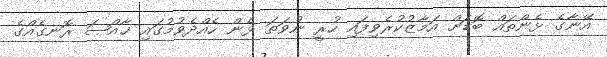
އޭނާގެ ޅެންތައް ބޮޑަށް އަމާޒުކުރެވިފައި ހުރީ ނުވަތަ ޅެން ހެއްދެވުމުގައި ޚާއްޞަ ރޮނގެއްގެ